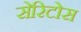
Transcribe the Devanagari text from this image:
सेरिटोस